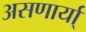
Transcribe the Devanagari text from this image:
असणार्या्